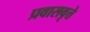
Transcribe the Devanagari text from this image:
प्रवासवृत्ते